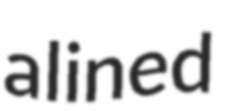
alined